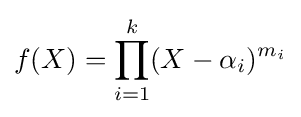
f(X)=\prod _{i=1}^{k}(X-\alpha _{i})^{m_{i}}